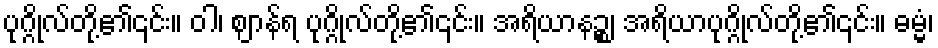
ပုဂ္ဂိုလ်တို့၏၎င်း။ ဝါ၊ ဈာန်ရ ပုဂ္ဂိုလ်တို့၏၎င်း။ အရိယာနဉ္စ၊ အရိယာပုဂ္ဂိုလ်တို့၏၎င်း။ ဓမ္မံ၊